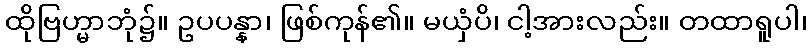
ထိုဗြဟ္မာဘုံ၌။ ဥပပန္နာ၊ ဖြစ်ကုန်၏။ မယှံပိ၊ ငါ့အားလည်း။ တထာရူပါ၊